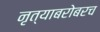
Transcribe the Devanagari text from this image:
नृत्याबरोबरच